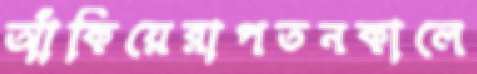
আঁকিয়েরাপতনকালে